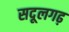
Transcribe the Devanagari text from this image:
सदूलगढ़